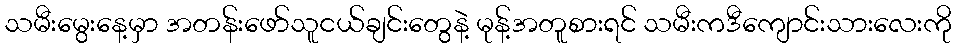
သမီးမွေးနေ့မှာ အတန်းဖော်သူငယ်ချင်းတွေနဲ့ မုန့်အတူစားရင် သမီးကဒီကျောင်းသားလေးကို